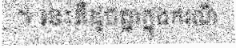
។ នេះគឺដូចគ្នាក្នុងករណី